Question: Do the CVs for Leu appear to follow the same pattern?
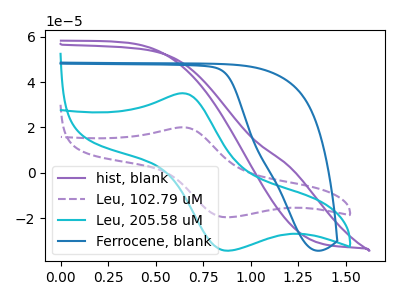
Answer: <think>The purple curve "hist, blank" has no peaks. The purple dashed curve "Leu, 102.79 uM" has an anodic peak at (0.65V, 20.05uA) and a cathodic peak at (0.90V, -19.65uA). The cyan curve "Leu, 205.58 uM" has an anodic peak at (0.65V, 35.05uA) and a cathodic peak at (0.90V, -34.35uA). The blue curve "Ferrocene, blank" has no peaks.
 "hist, blank" and "Leu, 102.79 uM" have a different number of peaks. "hist, blank" and "Leu, 205.58 uM" have a different number of peaks. Neither "hist, blank" or "Ferrocene, blank" have any peaks. All the peaks in "Leu, 102.79 uM" have a peak in "Leu, 205.58 uM" at the same potential. Every peak in "Leu, 102.79 uM" is lower than every peak in "Leu, 205.58 uM". "Leu, 102.79 uM" and "Ferrocene, blank" have a different number of peaks. "Leu, 205.58 uM" and "Ferrocene, blank" have a different number of peaks.</think>
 <answer>All the CV's of "Leu" have similar shape.</answer>
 <eval>follow_rule</eval>